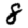
Digit: 8